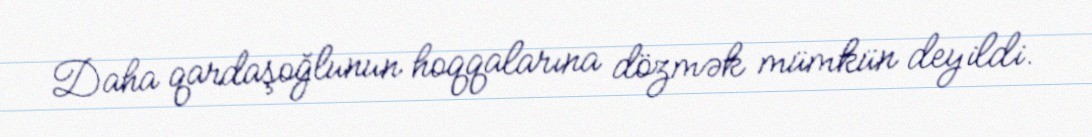
Daha qardaşoğlunun hoqqalarına dözmək mümkün deyildi.